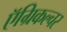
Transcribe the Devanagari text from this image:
ऍग्रिकल्चर